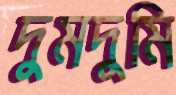
দুমদুমি